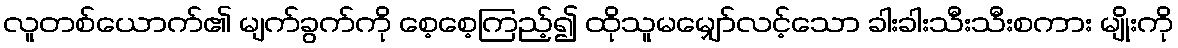
လူတစ်ယောက်၏ မျက်ခွက်ကို စေ့စေ့ကြည့်၍ ထိုသူမမျှော်လင့်သော ခါးခါးသီးသီးစကား မျိုးကို